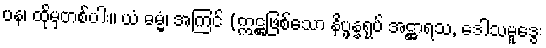
ပန၊ ထိုမှတစ်ပါး။ ယံ ဓမ္မံ၊ အကြင် (ဣဋ္ဌဖြစ်သော နိပ္ဖန္နရုပ် အဋ္ဌာရသ, ဒေါသမူဒွေး